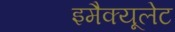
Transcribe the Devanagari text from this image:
इमैक्यूलेट